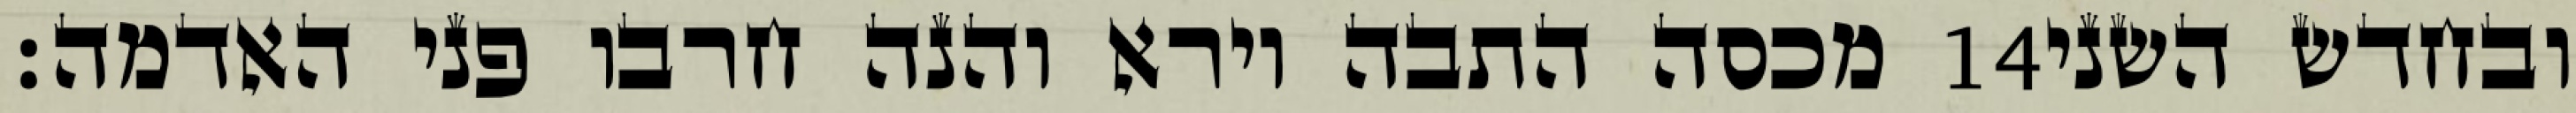
מכסה התבה וירא והנה חרבו פני האדמה׃ ‎14‏ ובחדש השני